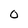
Character: O